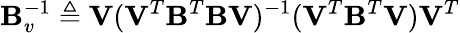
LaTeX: \mathbf{B}_{v}^{-1}\triangleq\mathbf{V}(\mathbf{V}^{T}\mathbf{B}^{T}\mathbf{B}\mathbf{V})^{-1}(\mathbf{V}^{T}\mathbf{B}^{T}\mathbf{V})\mathbf{V}^{T}